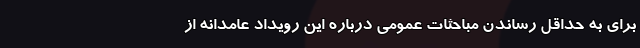
برای به حداقل‌ رساندن مباحثات عمومی درباره این رویداد عامدانه از